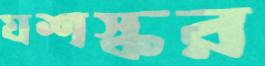
যশস্কর